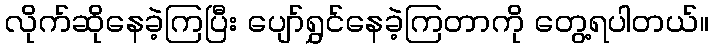
လိုက်ဆိုနေခဲ့ကြပြီး ပျော်ရွှင်နေခဲ့ကြတာကို တွေ့ရပါတယ်။